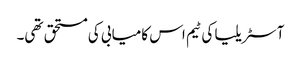
آسٹریلیا کی ٹیم اس کامیابی کی مستحق تھی۔